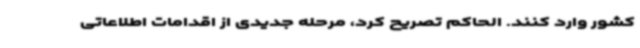
کشور وارد کنند. الحاکم تصریح کرد، مرحله جدیدی از اقدامات اطلاعاتی